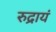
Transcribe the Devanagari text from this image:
रुद्रायं